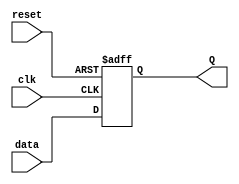
module flipflop (
    input clk,
    input reset,
    input data,
    output reg Q
);

always @(posedge clk or negedge reset) begin
    if (!reset) begin
        Q <= 1'b0;
    end else begin
        Q <= data;
    end
end

endmodule